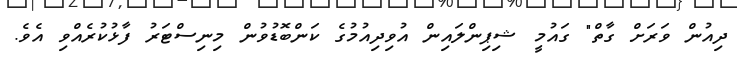
ދިއުން ވަރަށް ގާތް" ގައުމީ ޝިޕިންލައިން އުވިދިއުމުގެ ކަންބޮޑުވުން މިނިސްޓަރު ފާޅުކުރެއްވި އެވެ.